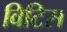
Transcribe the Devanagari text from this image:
विटिस